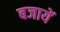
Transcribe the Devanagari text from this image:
बजायें